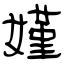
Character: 嫤